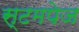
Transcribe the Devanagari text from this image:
स्टमपेज